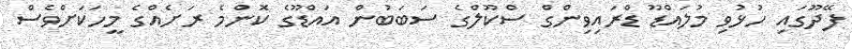
ފޭދޫގައި ހުޅުވި މުލައްޑޫ ޑްރައިވިންގް ސްކޫލްގެ ސަބަބުން އައްޑޫގެ ކޮންމެ ރަށެއްގެ މީހަކަށްވެސް